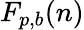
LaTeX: F_{p,b}(n)